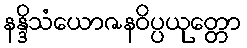
နန္ဒိသံယောဇနဝိပ္ပယုတ္တော